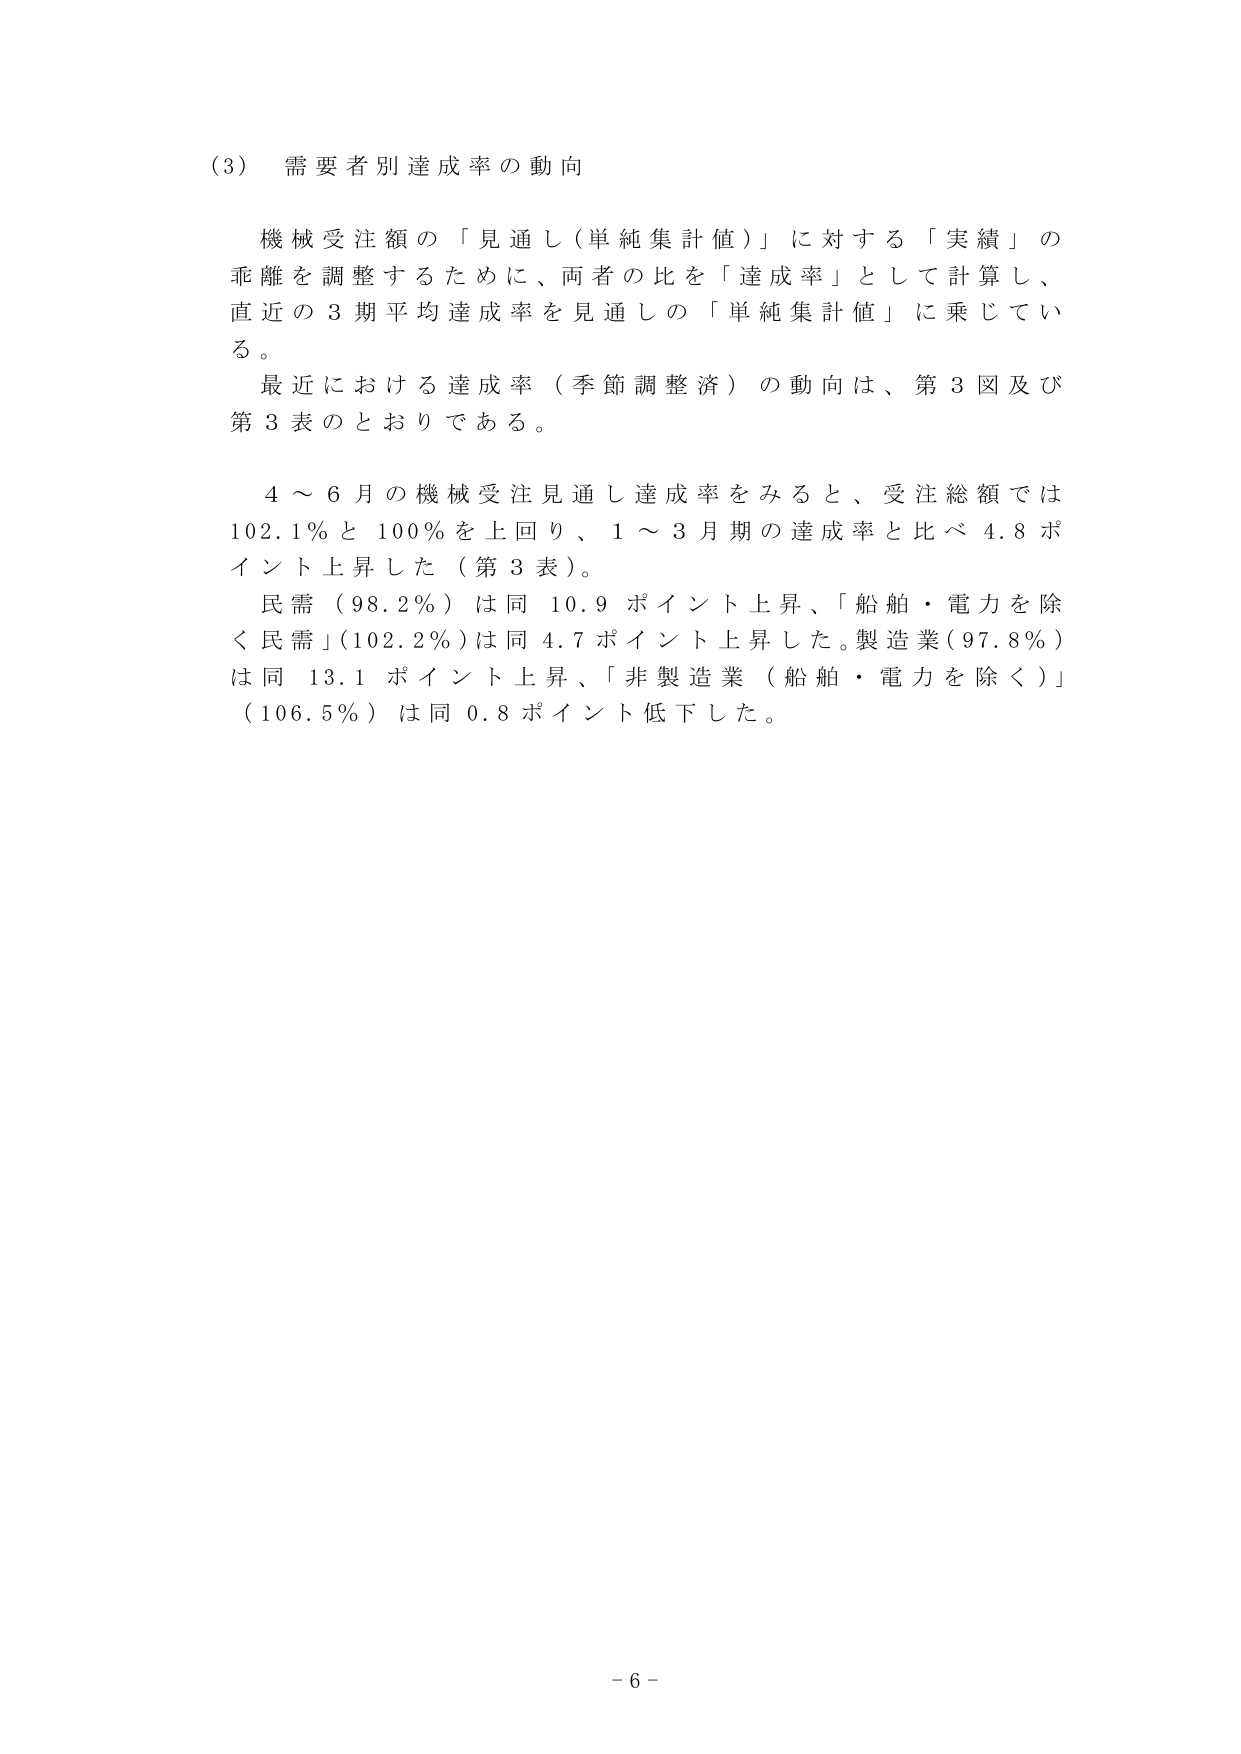
(3) 需要者別達成率の動向

機械受注額の「見通し（単純集計値）」に対する「実績」の乖離を調整するために、両者の比を「達成率」として計算し、直近の3期平均達成率を見通しの「単純集計値」に乗じている。

最近における達成率（季節調整済）の動向は、第3図及び第3表のとおりである。

4～6月の機械受注見通し達成率をみると、受注総額では102.1％と100％を上回り、1～3月期の達成率と比べ4.8ポイント上昇した（第3表）。

民需（98.2％）は同10.9ポイント上昇、「船舶・電力を除く民需」（102.2％）は同4.7ポイント上昇した。製造業（97.8％）は同13.1ポイント上昇、「非製造業（船舶・電力を除く）」（106.5％）は同0.8ポイント低下した。

- 6 -